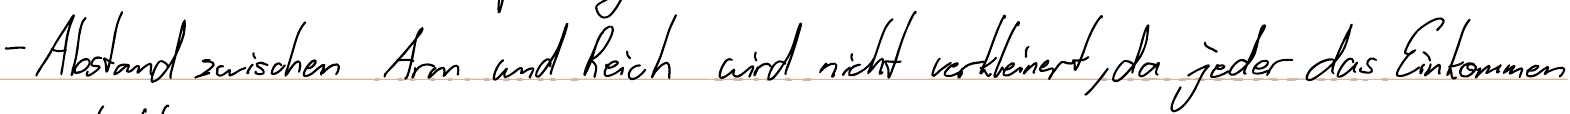
- Abstand zwischen Arm und Reich wird nicht verkleinert, da jeder das Einkommen